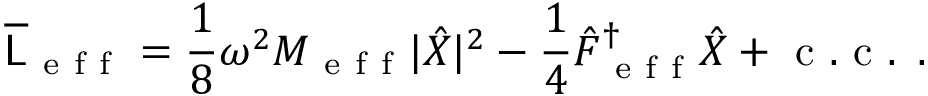
\overline { { \mathsf { L } } } _ { \mathrm { ~ e ~ f ~ f ~ } } = \frac { 1 } { 8 } \omega ^ { 2 } M _ { \mathrm { ~ e ~ f ~ f ~ } } | \hat { X } | ^ { 2 } - \frac { 1 } { 4 } \hat { F } _ { \mathrm { ~ e ~ f ~ f ~ } } ^ { \dagger } \hat { X } + \mathrm { ~ c ~ . ~ c ~ . ~ } \, .